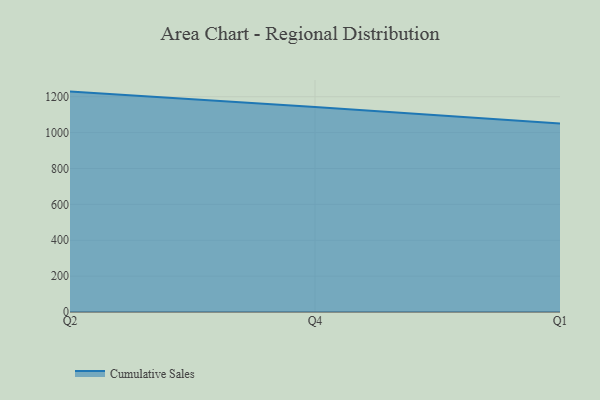
{"axis": {"x": "Quarter", "y": "Waste Production (Tons)"}, "legend": ["Cumulative Sales"], "data": [{"x": "Q2", "y": 1228.7, "type": "Cumulative Sales"}, {"x": "Q4", "y": 1142.6, "type": "Cumulative Sales"}, {"x": "Q1", "y": 1051.3, "type": "Cumulative Sales"}]}